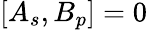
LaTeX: \left[A_{s},B_{p}\right]=0